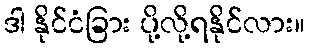
ဒါ နိုင်ငံခြား ပို့လို့ရနိုင်လား။